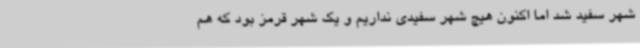
شهر سفید شد اما اکنون هیچ شهر سفیدی نداریم و یک شهر قرمز بود که هم